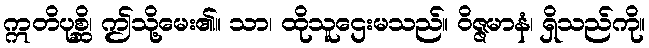
ဣတိပုစ္ဆိ၊ ဤသို့မေး၏။ သာ၊ ထိုသူဌေးမသည်။ ဝိဇ္ဇမာနံ၊ ရှိသည်ကို။